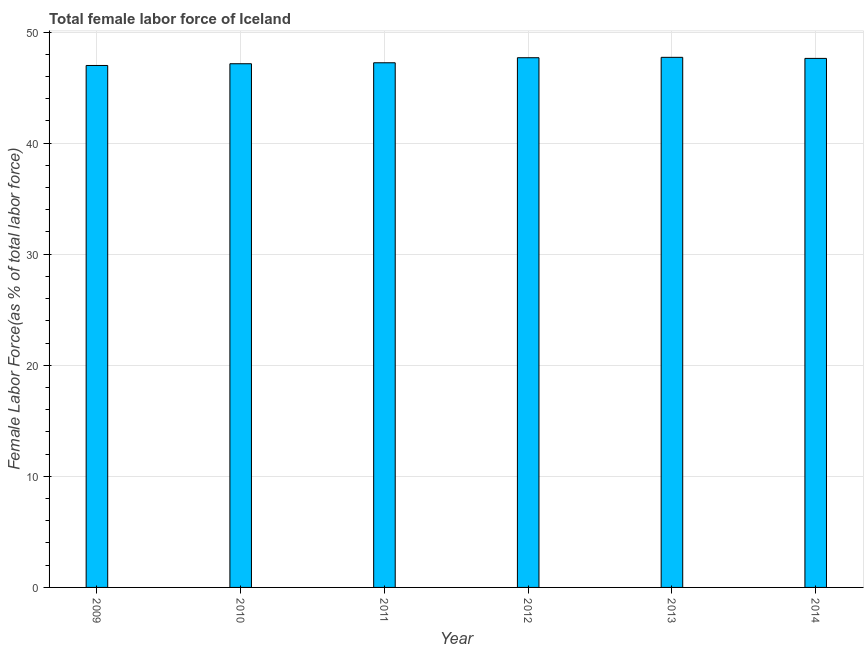
| Year | Female Labor force |
 | --- | --- |
 | 2009 | 47 |
 | 2010 | 47.1 |
 | 2011 | 47.2 |
 | 2012 | 47.7 |
 | 2013 | 47.7 |
 | 2014 | 47.6 |